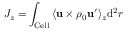
J _ { z } = \int _ { \mathrm { { C e l l } } } { \langle { \bf { u } } \times \rho _ { 0 } { \bf u ^ { \prime } } \rangle _ { z } \mathrm { { d } } ^ { 2 } r }